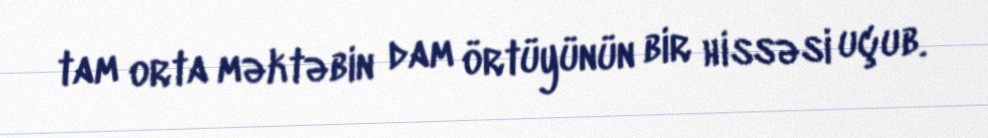
tam orta məktəbin dam örtüyünün bir hissəsi uçub.